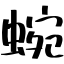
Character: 蜿